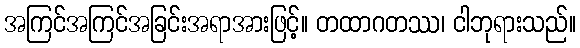
အကြင်အကြင်အခြင်းအရာအားဖြင့်။ တထာဂတဿ၊ ငါဘုရားသည်။